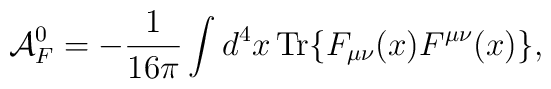
{\cal A}^0_F = -\frac{1}{16 \pi} \int d^4x \,\mbox{\rm Tr} \{F_{\mu\nu}(x)F^{\mu\nu}(x)\},